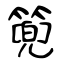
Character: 篼